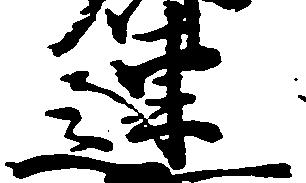
連